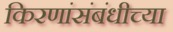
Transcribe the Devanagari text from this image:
किरणांसंबंधीच्या